Civil Veterinary Dept. Bombay admin report 1932-41 - 1932-1941
Year: 1932
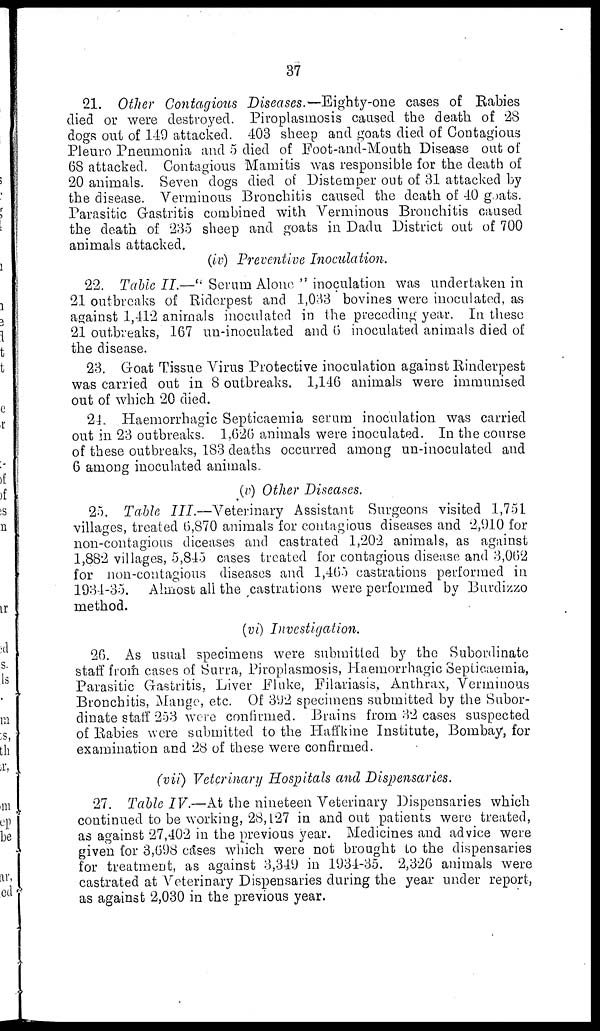
37
21. Other Contagious Diseases.—Eighty-one cases of Rabies
died or were destroyed. Piroplasmosis caused the death of 28
dogs out of 149 attacked, 403 sheep and goats died of Contagious
Pleuro Pneumonia and 5 died of Foot-and-Mouth Disease out of
68 attacked. Contagious Mamitis was responsible for the death of
20 animals. Seven dogs died of Distemper out of 31 attacked by
the disease. Verminous Bronchitis caused the death of 40 goats.
Parasitic Gastritis combined with Verminous Bronchitis caused
the death of 235 sheep and goats in Dadu District out of 700
animals attacked.
(iv) Preventive Inoculation.
22. Table II.—" Serum Alone " inoculation was undertaken in
21 outbreaks of Riderpest and 1,033 bovines were inoculated, as
against 1,412 animals inoculated in the preceding year. In these
21 outbreaks, 167 un-inoculated and 6 inoculated animals died of
the disease.
23. Goat Tissue Virus Protective inoculation against Rinderpest
was carried out in 8 outbreaks. 1,146 animals were immunised
out of which 20 died.
24. Haemorrhagic Septicaemia serum inoculation was carried
out in 23 outbreaks. 1,626 animals were inoculated. In the course
of these outbreaks, 183 deaths occurred among un-inoculated and
6 among inoculated animals.
(v) Other Diseases.
25. Table III.—Veterinary
Assistant Surgeons visited 1,751
villages, treated 6,870 animals for contagious diseases and 2,910 for
non-contagious diceases and castrated 1,202 animals, as against
1,882 villages, 5,845 cases treated for contagious disease and 3,062
for non-contagious diseases and 1,465 castrations performed in
1934-35. Almost all the castrations were performed by Burdizzo
method.
(vi) Investigation.
26. As usual specimens were submitted by the Subordinate
staff from cases of Surra, Piroplasmosis, Haemorrhagic Septicaemia,
Parasitic Gastritis, Liver Fluke, Filariasis, Anthrax, Verminous
Bronchitis, Mange, etc. Of 392 specimens submitted by the Subor-
dinate staff 253 were confirmed. Brains from 32 cases suspected
of Rabies were submitted to the Haffkine Institute, Bombay, for
examination and 28 of these were confirmed.
(vii) Veterinary Hospitals and Dispensaries.
27. Table IV.—At the nineteen Veterinary Dispensaries which
continued to be working, 28,127 in and out patients were treated,
as against 27,402 in the previous year. Medicines and advice were
given for 3,698 cases which were not brought to the dispensaries
for treatment, as against 3,349 in 1934-35. 2,326 animals were
castrated at Veterinary Dispensaries during the year under report,
as against 2,030 in the previous year.